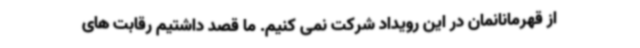
از قهرمانانمان در این رویداد شرکت نمی کنیم. ما قصد داشتیم رقابت های